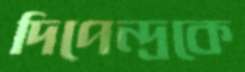
দিপেন্দ্রকে